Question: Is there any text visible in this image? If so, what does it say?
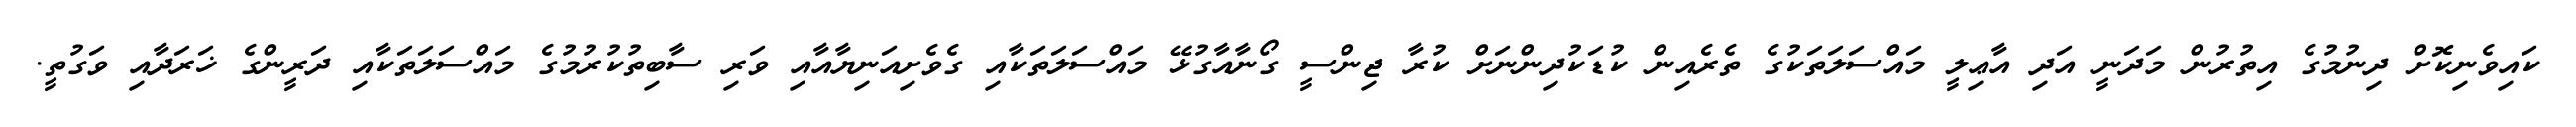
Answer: ކައިވެނިކޮށް ދިނުމުގެ އިތުރުން މަދަނީ އަދި އާޢިލީ މައްސަލަތަކުގެ ތެރެއިން ކުޑަކުދިންނަށް ކުރާ ޖިންސީ ގޯނާއާގުޅޭ މައްސަލަތަކާއި ގެވެށިއަނިޔާއާއި ވަރި ސާބިތުކުރުމުގެ މައްސަލަތަކާއި ދަރީންގެ ޚަރަދާއި ވަގުތީ.